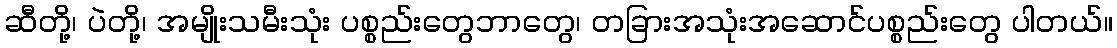
ဆီတို့၊ ပဲတို့၊ အမျိုးသမီးသုံး ပစ္စည်းတွေဘာတွေ၊ တခြားအသုံးအဆောင်ပစ္စည်းတွေ ပါတယ်။